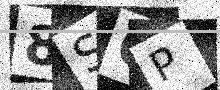
Text: 8SQP